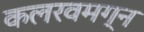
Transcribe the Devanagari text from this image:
कलरवमग्न